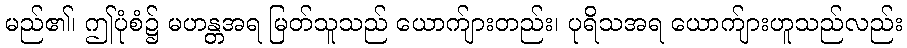
မည်၏၊ ဤပုံစံ၌ မဟန္တအရ မြတ်သူသည် ယောက်ျားတည်း၊ ပုရိသအရ ယောက်ျားဟူသည်လည်း